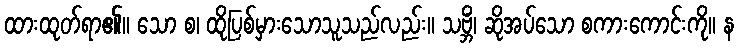
ထားထုတ်ရာ၏။ သော စ၊ ထိုပြစ်မှားသောသူသည်လည်း။ သဗ္ဘိံ၊ ဆိုအပ်သော စကားကောင်းကို။ န